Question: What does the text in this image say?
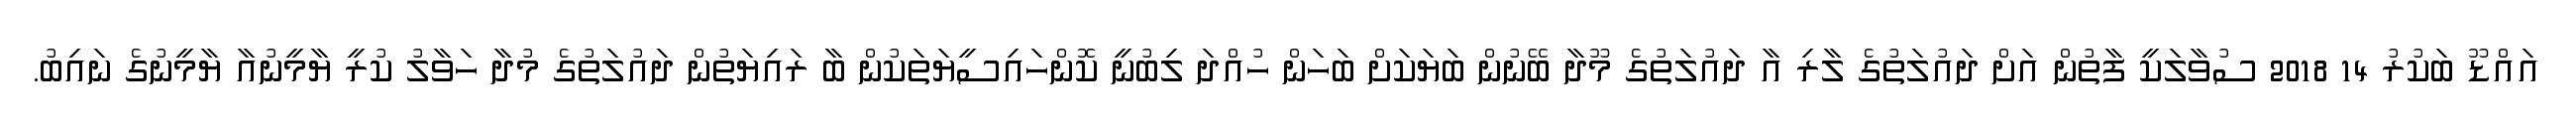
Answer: އައްޑޫ ބަކުރު 14 2018 ސުވާލަކީ ފާތުން އަށް ދައުލަތުގެ ލާރި އާ ދައުލަތުގެ މޫދާ ބޭނުން ބަޔަކަށް ބަހަން ހުއްދަ ލިބުނީ ކޮންހައިސީޔަތަކުން ބާ ރައިޔަތުން ދައުލަތުގެ މުދާ ހަވާލު ކުރީ ޔާމީނުއާ ޔާމީނުގެ ނައިބު.